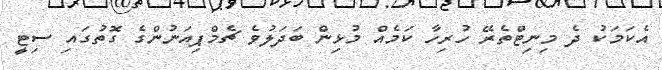
އެކަމަކު ދެ މިނިޓްތެރޭ ހުރިހާ ކަމެއް މުޅިން ބަދަލުވެ ޗެމްޕިއަނުންގެ ގޮތުގައި ސިޓީ